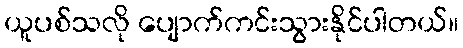
ယူပစ်သလို ပျောက်ကင်းသွားနိုင်ပါတယ်။